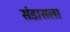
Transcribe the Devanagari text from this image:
संडासला